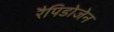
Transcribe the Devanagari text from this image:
रैपिडोजेन